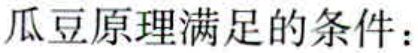
瓜豆原理满足的条件：